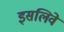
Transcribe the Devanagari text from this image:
इसलिवे